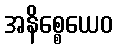
အနိစ္စေယေဝ